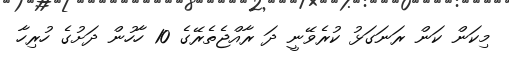
މިކަން ކަން ރަނަގަޅު ކުރެވޭނީ ދަ ރާއްޖެތެރޭގެ 10 ހާހުން ދަށުގެ ހުރިހާ